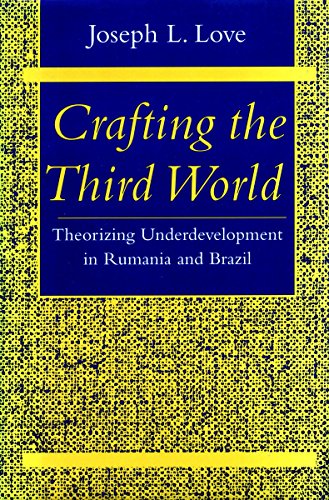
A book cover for Crafting the Third World: Theorizing Underdevelopment in Rumania and Brazil (Comparative Studies Hist, Inst & Pub Po); Joseph Love; History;